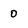
Character: o